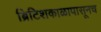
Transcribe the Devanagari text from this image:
ब्रिटिशकाळापासूनच